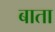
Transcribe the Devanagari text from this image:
बाता